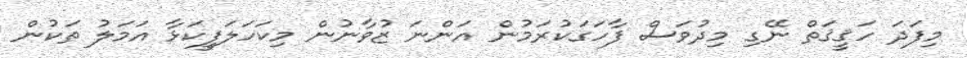
މިފަދަ ހަޤީޤަތް ނޭގި މިދުވަސް ފާހަގަކުރަމުން އަންނަ ޒުވާނުން މިކަހަލަފީކަޅާ އަމަލު ތަކުން